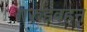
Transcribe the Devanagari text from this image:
गरुडवहन